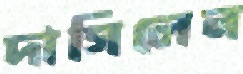
দাগিলেন